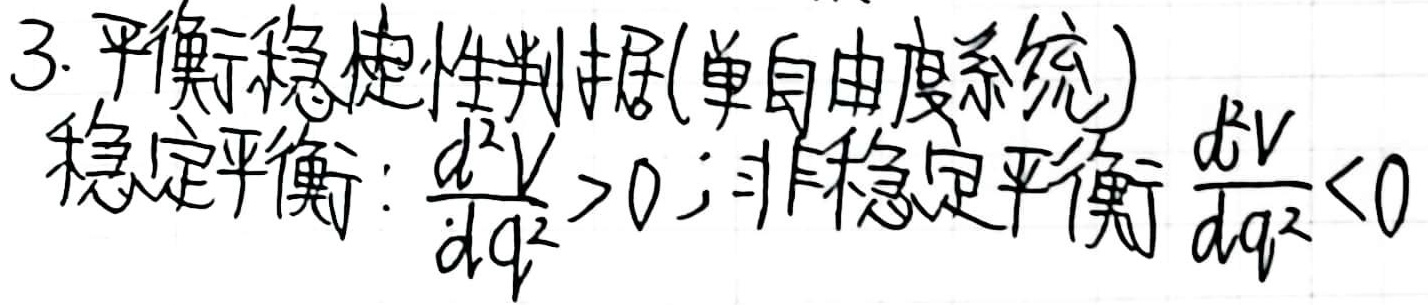
3. 平衡稳捷性判据(单自由度系统)
稳定平衡：$\frac{d^{2}V}{dq^{2}}>0$；
非稳定平衡：$\frac{d^{2}V}{dq^{2}}<0$